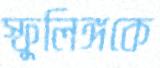
স্ফুলিঙ্গকে